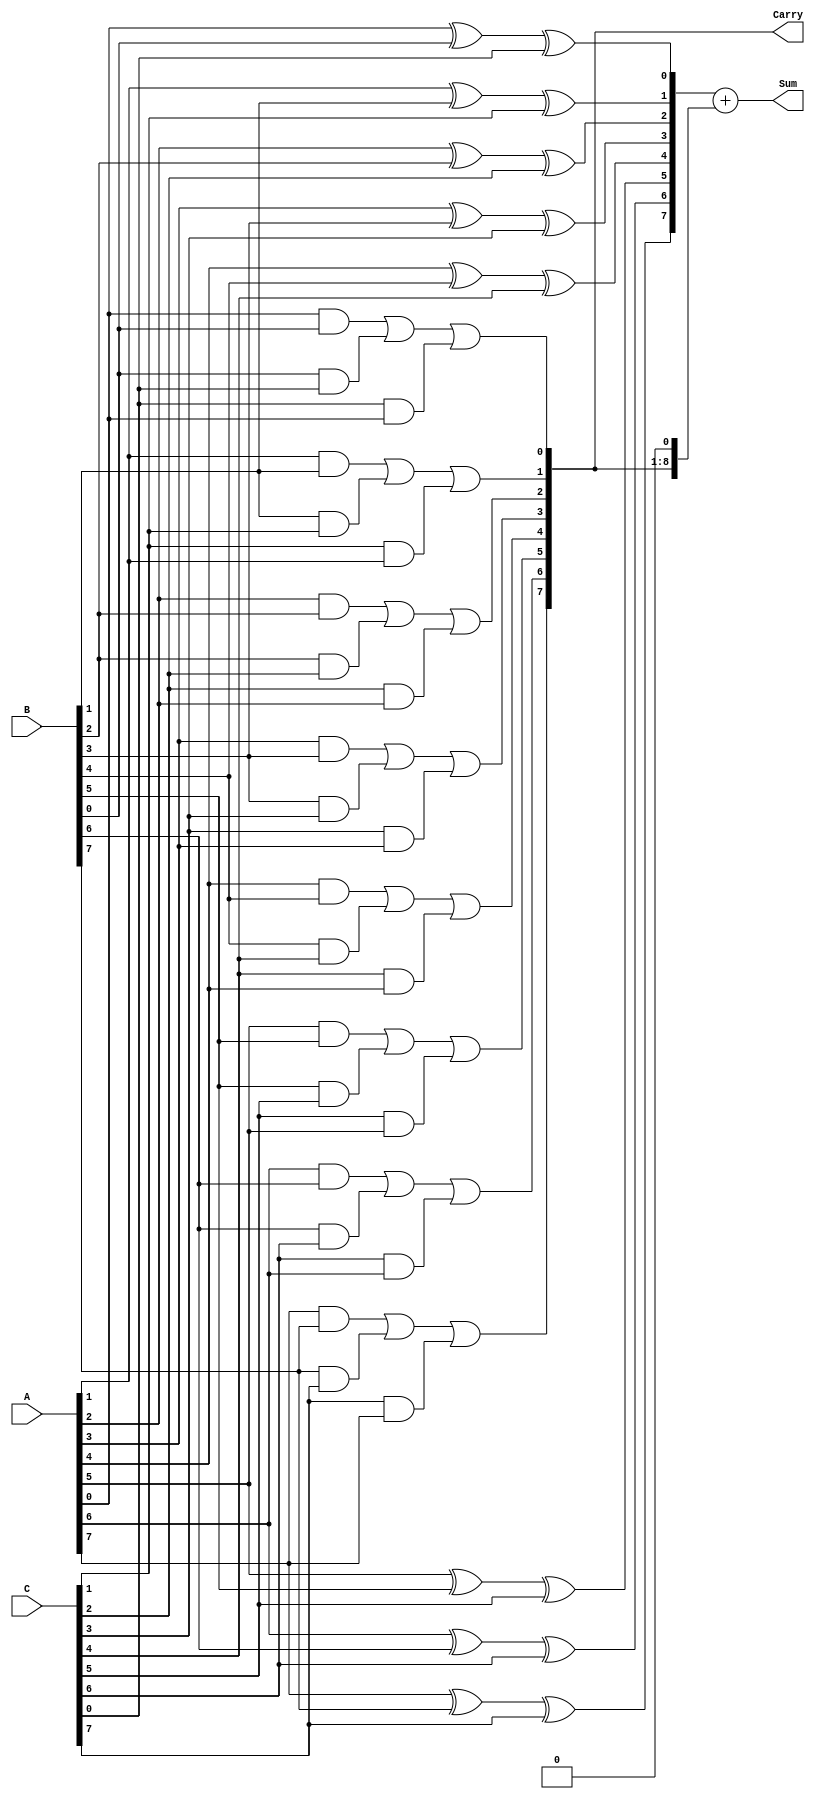
module ModifiedCarrySaveAdder #(parameter n = 8) (
    input [n-1:0] A,
    input [n-1:0] B,
    input [n-1:0] C,
    output [n:0] Sum,
    output [n-1:0] Carry
);

    wire [n-1:0] partial_sum;
    wire [n-1:0] carry_out;

    // Generate partial sums and carries for each bit position
    genvar i;
    generate
        for (i = 0; i < n; i = i + 1) begin : carry_save_logic
            assign partial_sum[i] = A[i] ^ B[i] ^ C[i]; // Partial sum
            assign carry_out[i] = (A[i] & B[i]) | (B[i] & C[i]) | (C[i] & A[i]); // Carry
        end
    endgenerate

    // Final sum and carry calculation
    assign Sum = {1'b0, partial_sum} + {carry_out, 1'b0}; // Add carry to partial sum
    assign Carry = carry_out; // Carry output

endmodule